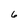
Character: 6